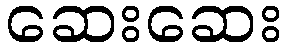
ဆေးဆေး